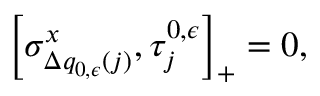
\left[ \sigma _ { \Delta q _ { 0 , \epsilon } ( j ) } ^ { x } , \tau _ { j } ^ { 0 , \epsilon } \right] _ { + } = 0 ,